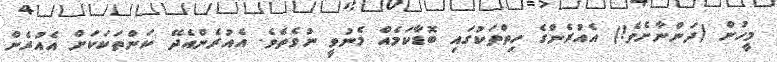
މީހުން (ދަންނާށެވެ!) އެއުރެންގެ ހިތްތަކުގައި ބޮޑާކަމެއް މެނުވީ ނުވެތެވެ. އެއުރެންއެދޭ ކަންތަކަކަށް އެއުރެން